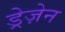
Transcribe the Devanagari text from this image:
ड्रेज़ेन